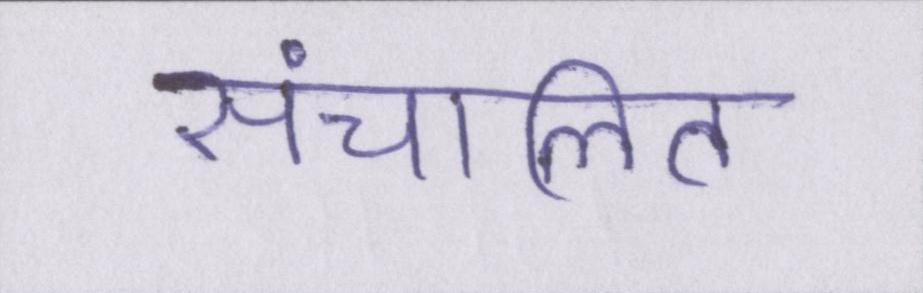
संचालित